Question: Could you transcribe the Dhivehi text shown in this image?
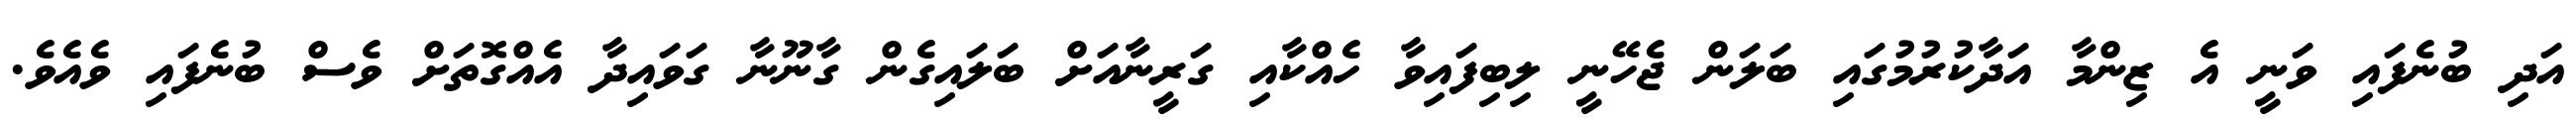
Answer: އަދި ބުނެފައި ވަނީ އެ ޒިންމާ އަދާކުރުމުގައި ބަލަން ޖެހޭނީ ލިބިފައިވާ ހެއްކާއި ގަރީނާއަށް ބަލައިގެން ގާނޫނާ ގަވައިދާ އެއްގޮތަށް ވެސް ބުނެފައި ވެއެވެ.